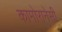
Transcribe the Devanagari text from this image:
कामोरानेसी